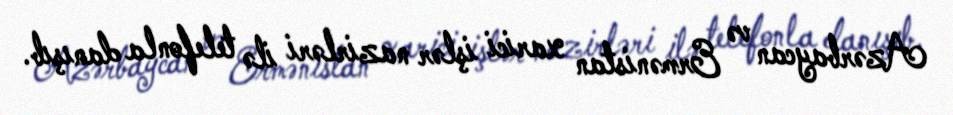
Azərbaycan və Ermənistan xarici işlər nazirləri ilə telefonla danışıb.